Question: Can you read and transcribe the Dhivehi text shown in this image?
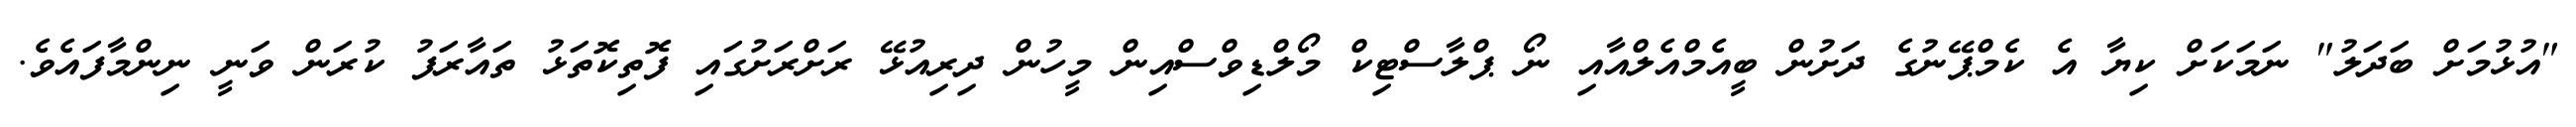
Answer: "އުޅުމަށް ބަދަލު" ނަމަކަށް ކިޔާ އެ ކެމްޕޭނުގެ ދަށުން ބީއެމްއެލްއާއި ނޯ ޕްލާސްޓިކް މޯލްޑިވްސްއިން މީހުން ދިރިއުޅޭ ރަށްރަށުގައި ފޮތިކޮތަޅު ތައާރަފު ކުރަން ވަނީ ނިންމާފައެވެ.